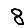
Digit: 8